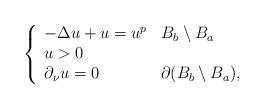
LaTeX: \begin{align*}\left\{\begin{array}{ll}-\Delta u+u=u^p & B_b\setminus B_a\\u>0\\\partial_\nu u=0 & \partial (B_b\setminus B_a),\end{array}\right.\end{align*}